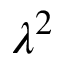
\lambda ^ { 2 }